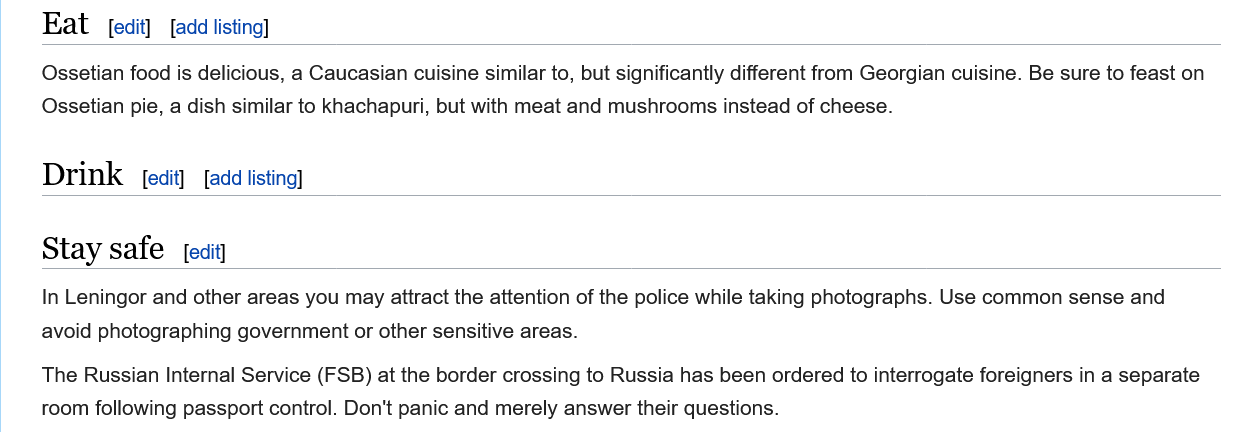
Eat
     Ossetian food is delicious, a Caucasian cuisine similar to, but significantly different from Georgian cuisine. Be sure to feast on
     Ossetian pie. a dish similar to khachapuri. but with meat and mushrooms instead of cheese.
     Drink
     Stay  safe
     In Leningor and other areas you may attract the attention of the police while taking photographs. Use common sense and
     avoid photographing government or other sensitive areas.
     The Russian Internal Service (FSB) at the border crossing to Russia has been ordered to interrogate foreigners in a separat
     room following passport control. Don't panic and merely answer their questions.
     [edit]
     [edit] [add listing]
     [edit] [add listing]